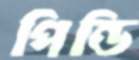
পিন্ডি